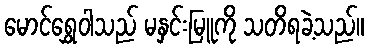
မောင်ရွှေဝါသည် မနှင်းမြူကို သတိရခဲ့သည်။